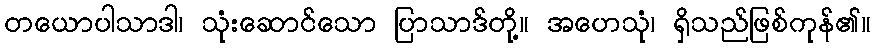
တယောပါသာဒါ၊ သုံးဆောင်သော ပြာသာဒ်တို့။ အဟေသုံ၊ ရှိသည်ဖြစ်ကုန်၏။